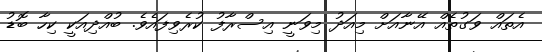
އެތައް ވަގުތެއް އޭނާއަށް މިއަދު މިވަނީ އިސްރާފު ކުރެވިފައެވެ. ބުއްދިއަކީ ކިހާ ބޮޑު